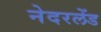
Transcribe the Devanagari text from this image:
नेदरलेंड